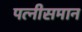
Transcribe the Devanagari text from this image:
पत्नीसमान